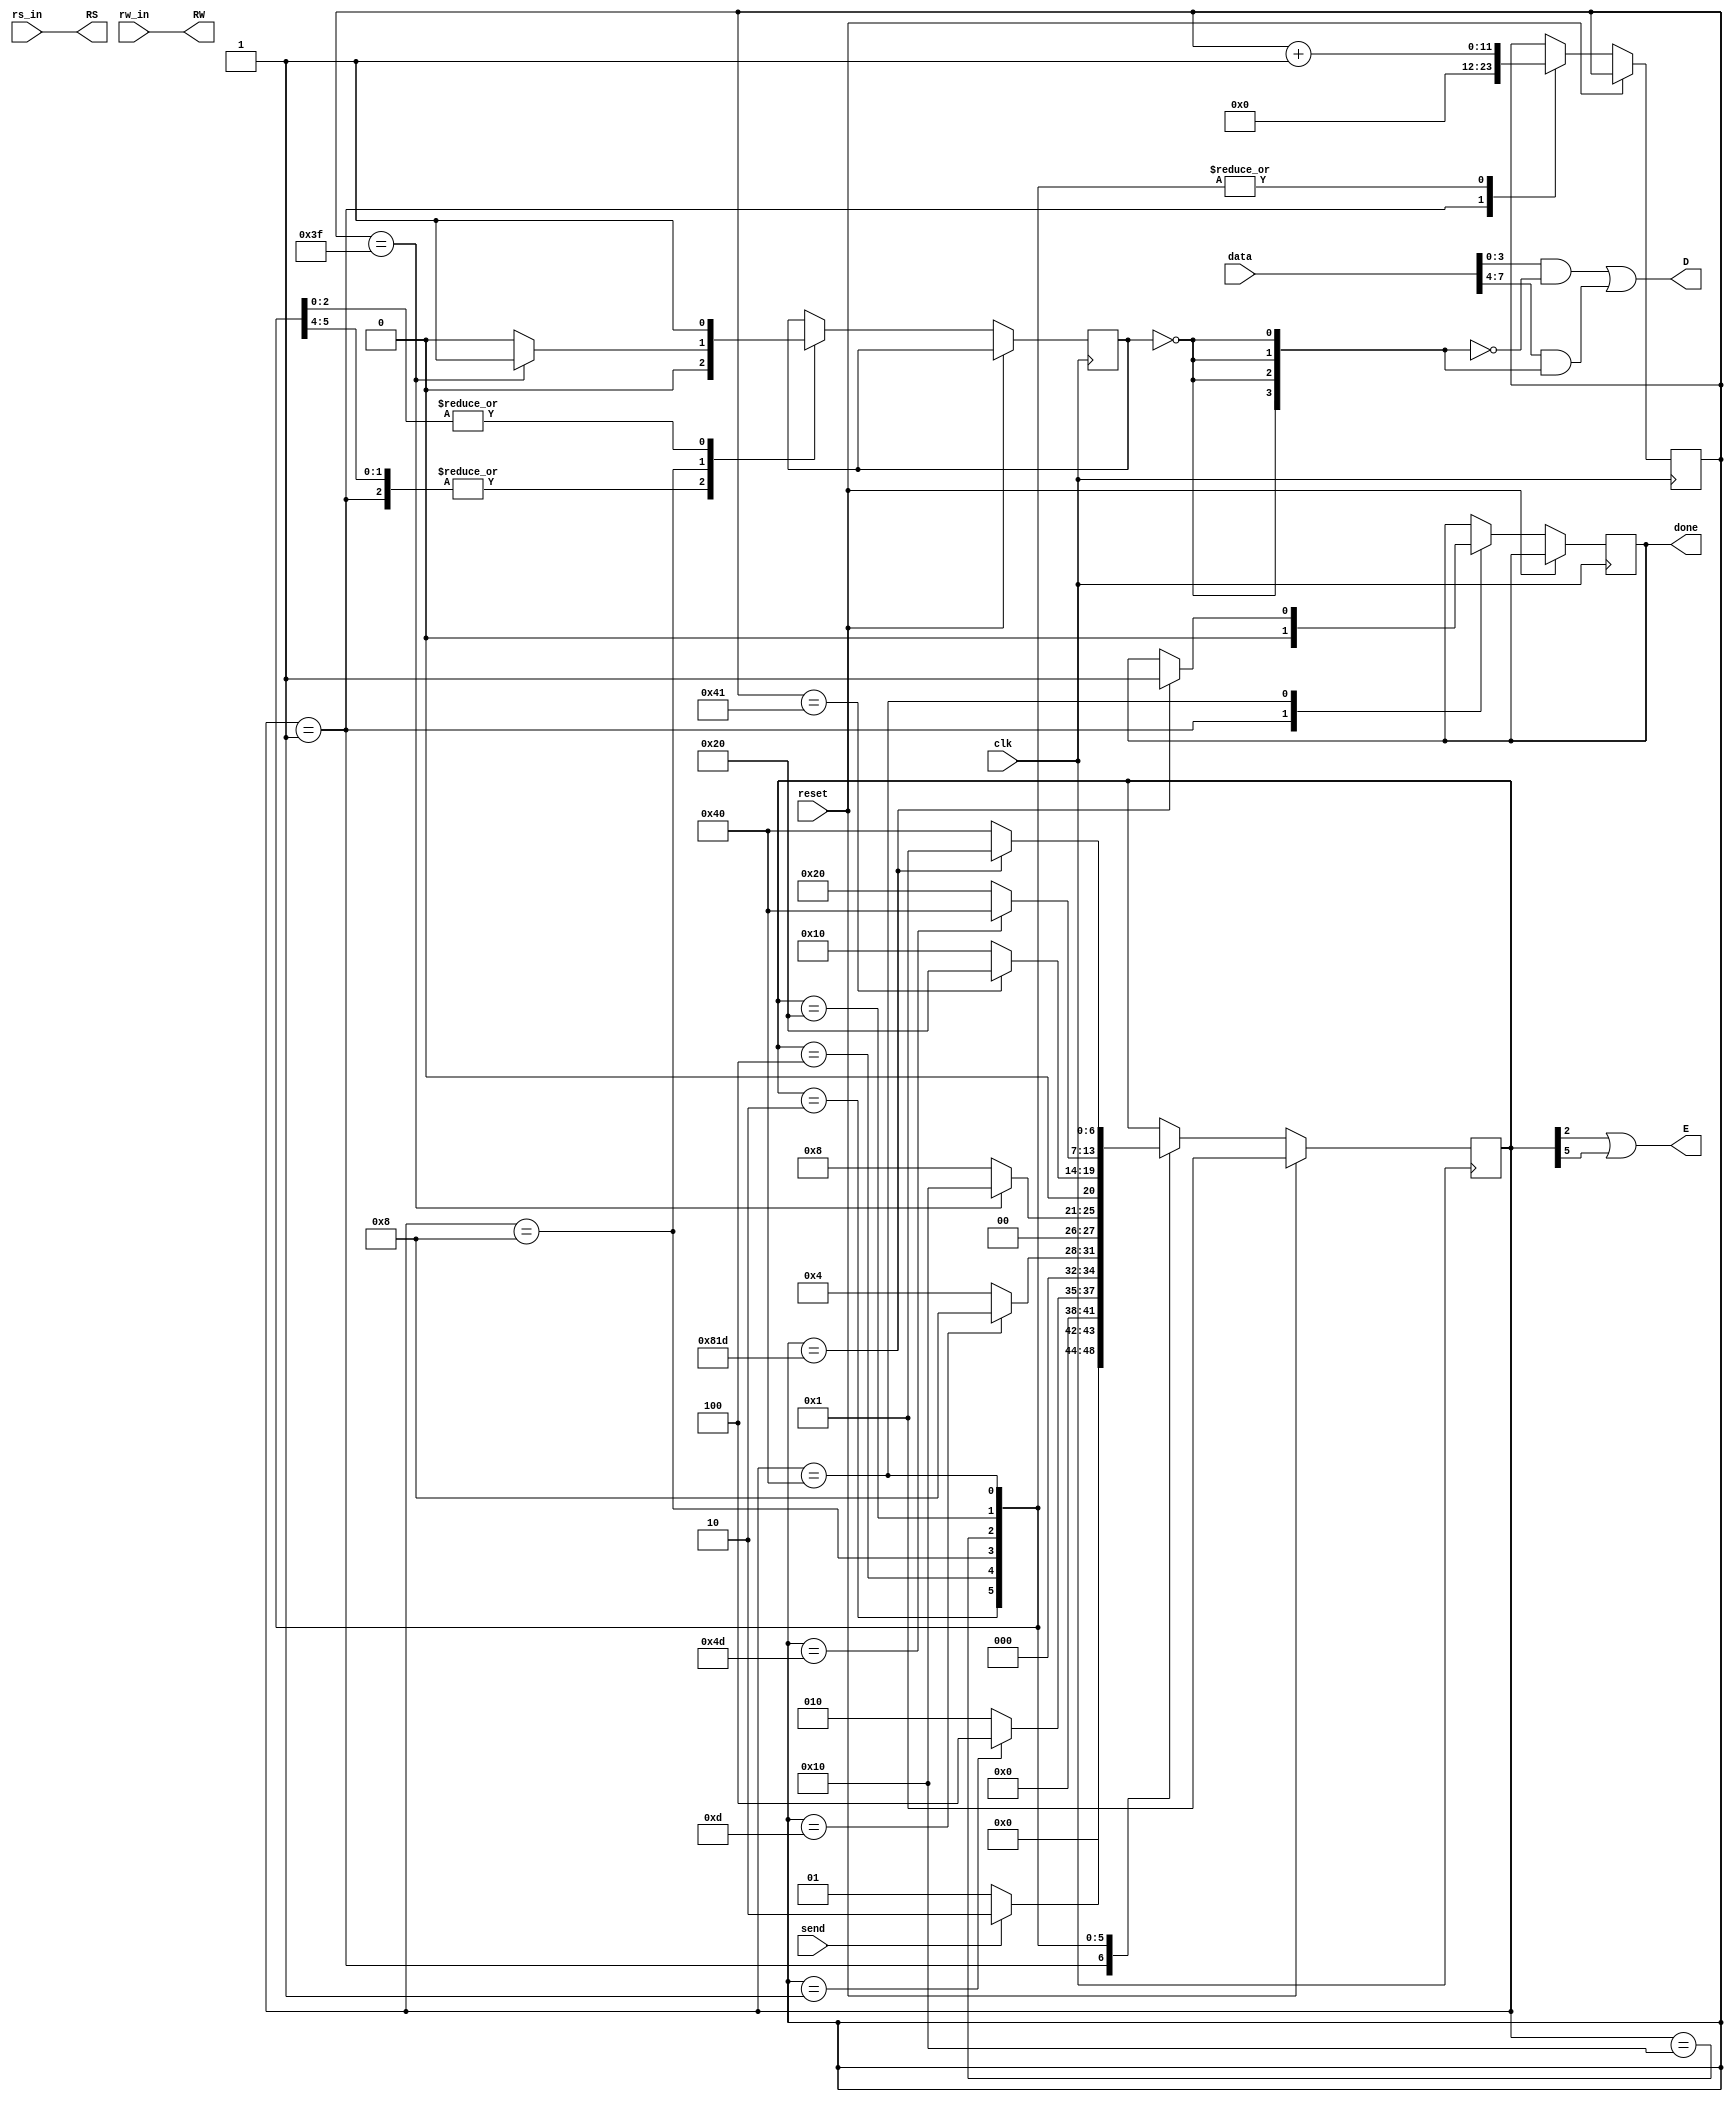
module LCD_controler(data,send,rs_in,rw_in,clk,reset,E,RS,RW,D,done);
input [7:0] data;
input rs_in,rw_in,clk,reset,send;
output E,RS,RW,done;
output [3:0]D;
  
   reg second_nibble;
   /////////////////
   
   parameter setupC = 2;       //state one and four
   parameter holdC =12;		   //state two and five
   parameter oneusC = 50;      //state three 
   parameter fortyusC = 2000;  //state six
   /////////////////
   
   
   parameter state1 = 7'b0000001; //init 
   parameter state2 = 7'b0000010; //low nibble setup time 
   parameter state3 = 7'b0000100; //low nibble hold time
   parameter state4 = 7'b0001000; //wait one us for high nibbles
   parameter state5 = 7'b0010000; //hight nibble setup time 
   parameter state6 = 7'b0100000; //high nibble hold time 
   parameter state7 = 7'b1000000; // wait 40 us
   
   reg done;
   reg [6:0] state;
   reg [11:0] counter;
   
   assign E = state[2]|state[5]; // E = active only on hold times
   assign RS = rs_in;
   assign RW = rw_in;
   assign D = data[3:0]&~{4{~second_nibble}}|data[7:4]&{4{~second_nibble}};
   
   
   always@(posedge clk)
      if (reset) begin
         state <= state1;
      end
      else
      case (state)
            state1 : begin
               if (send) begin
                  state <= state2;
               end else
                  state <= state1;
			   second_nibble <=0;
			   counter <=0;
			   done<=0;
            end
            state2 : begin
               if (counter==setupC-1) begin
                  state <= state3;
               end else begin
                  state <= state2;				  
			   end
			   second_nibble <=0;
			   counter <= counter+1;
            end
            state3 : begin
               if (counter==setupC + holdC-1)
                  state <= state4;
               else
                  state <= state3;
			   second_nibble <=0;
			   counter <= counter+1;
            end
            state4 : begin
               if (counter==setupC + holdC +oneusC-1) begin
				  second_nibble<=1;
                  state <= state5;
               end else begin
                  state <= state4;
				  second_nibble <=0;  
			   end
			   counter <= counter+1;
            end
            state5 : begin
               if (counter==setupC + holdC +oneusC+setupC-1)
                  state <= state6;
               else
                  state <= state5;
			   counter <= counter+1;
			   second_nibble <=1;
            end
            state6 : begin
               if (counter==setupC + holdC +oneusC+setupC+holdC-1)
                  state <= state7;
               else
                  state <= state6;
			   counter <= counter+1;
			   second_nibble <=1;
            end
            state7 : begin
               if (counter==setupC + holdC +oneusC+setupC+holdC+fortyusC-1) begin
				  done<=1;
                  state <= state1;
               end else
                  state <= state7;
			   counter <= counter+1;
			   second_nibble <=1;			   
            end
         endcase

							
   
endmodule